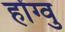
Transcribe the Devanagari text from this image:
होंग्वु